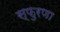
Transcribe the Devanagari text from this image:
स्फुरणा